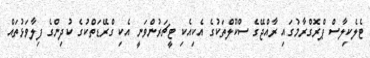
ޓެލެކިލާސް ޕްރޮގްރާމުގައި ރާއްޖޭގެ ސްކޫލްތަކުގެ އެކިއެކި ޓީޗަރުންވަނީ އެކި ގްރޭޑަތްކުގެ ކުދިންގެ ފިލާވަޅުތައް